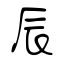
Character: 辰